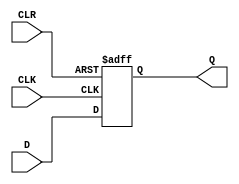
module D_FF_with_clear (
    input D, CLK, CLR,
    output reg Q
);

always @(posedge CLK or negedge CLR) begin
    if (!CLR) begin
        Q <= 1'b0;
    end else begin
        Q <= D;
    end
end

endmodule